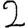
Digit: 2